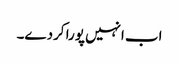
اب انہیں پورا کردے۔